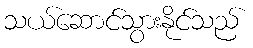
သယ်ဆောင်သွားနိုင်သည်